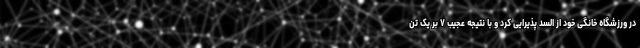
در ورزشگاه خانگی خود از السد پذیرایی کرد و با نتیجه عجیب ۷ بر یک تن